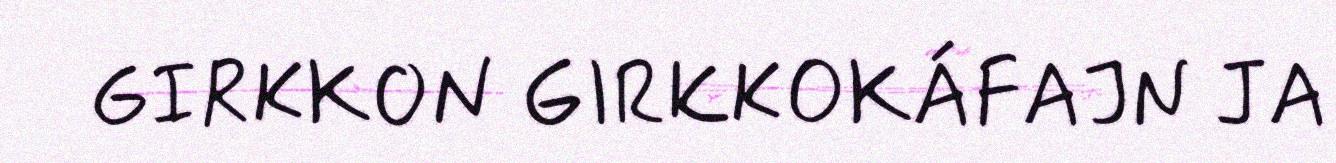
GIRKKON GIRKKOKÁFAJN JA